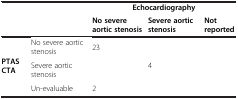
<table><thead><tr><td><b> </b></td><td><b> </b></td><td colspan="3"><b>Echocardiography</b></td></tr><tr><td><b> </b></td><td><b> </b></td><td><b>No severe aortic stenosis</b></td><td><b>Severe aortic stenosis</b></td><td><b>Not reported</b></td></tr></thead><tbody><tr><td rowspan="3"><b>PTAS CTA</b></td><td>No severe aortic stenosis</td><td>23</td><td> </td><td> </td></tr><tr><td>Severe aortic stenosis</td><td> </td><td>4</td><td> </td></tr><tr><td>Un-evaluable</td><td>2</td><td> </td><td> </td></tr></tbody></table>